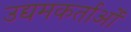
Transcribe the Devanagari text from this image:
उद्यमकर्ताओं